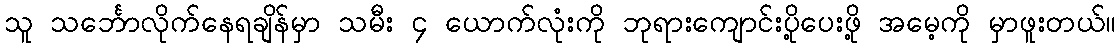
သူ သင်္ဘောလိုက်နေရချိန်မှာ သမီး ၄ ယောက်လုံးကို ဘုရားကျောင်းပို့ပေးဖို့ အမေ့ကို မှာဖူးတယ်။